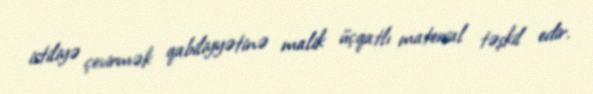
istiliyə çevirmək qabiliyyətinə malik üçqatlı material təşkil edir.